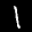
Label: 1